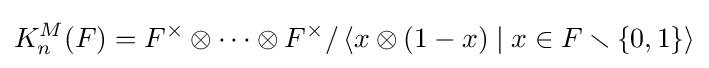
K_{n}^{M}(F)=F^{\times }\otimes \cdots \otimes F^{\times }/\left\langle x\otimes (1-x)\mid x\in F\smallsetminus \{0,1\}\right\rangle